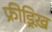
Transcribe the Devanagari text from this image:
फ्रीड्रिख़